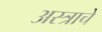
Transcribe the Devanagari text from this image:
अस्त्राचे